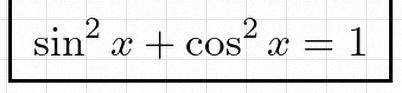
\sin^2x+\cos^2x=1